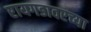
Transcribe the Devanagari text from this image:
रायगडावरच्या